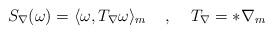
LaTeX: \begin{align*}S_{\nabla}(\omega)=\langle\omega,T_{\nabla}\omega\rangle_m\;\;\;\;,\;\;\;\;T_{\nabla}=*\nabla_m\end{align*}